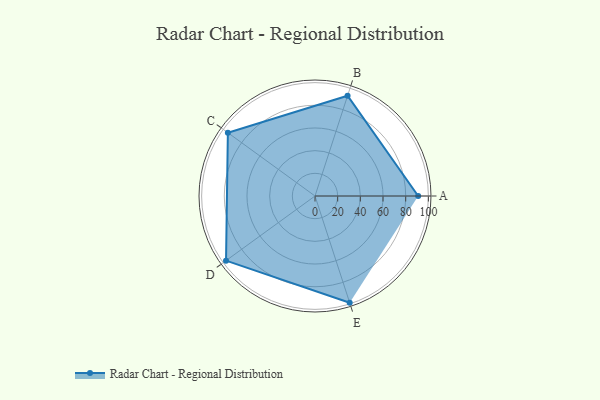
{"axis": {"x": "Skill", "y": "Score"}, "legend": ["Profile"], "data": [{"x": "A", "y": 91.0, "type": "Profile"}, {"x": "B", "y": 93.0, "type": "Profile"}, {"x": "C", "y": 95.0, "type": "Profile"}, {"x": "D", "y": 97.0, "type": "Profile"}, {"x": "E", "y": 99, "type": "Profile"}]}